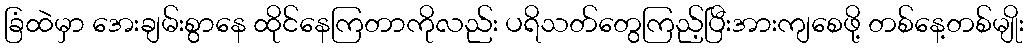
ခြံထဲမှာ အေးချမ်းစွာနေ ထိုင်နေကြတာကိုလည်း ပရိသတ်တွေကြည့်ပြီးအားကျစေဖို့ တစ်နေ့တစ်မျိုး